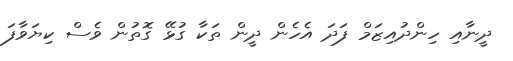
ދީނާއި ހިންދުއިޒަމް ފަދަ އެހެން ދީން ތަކާ ގުޅޭ ގޮތުން ވެސް ކިޔަވާފަ